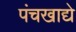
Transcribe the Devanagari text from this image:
पंचखाद्ये